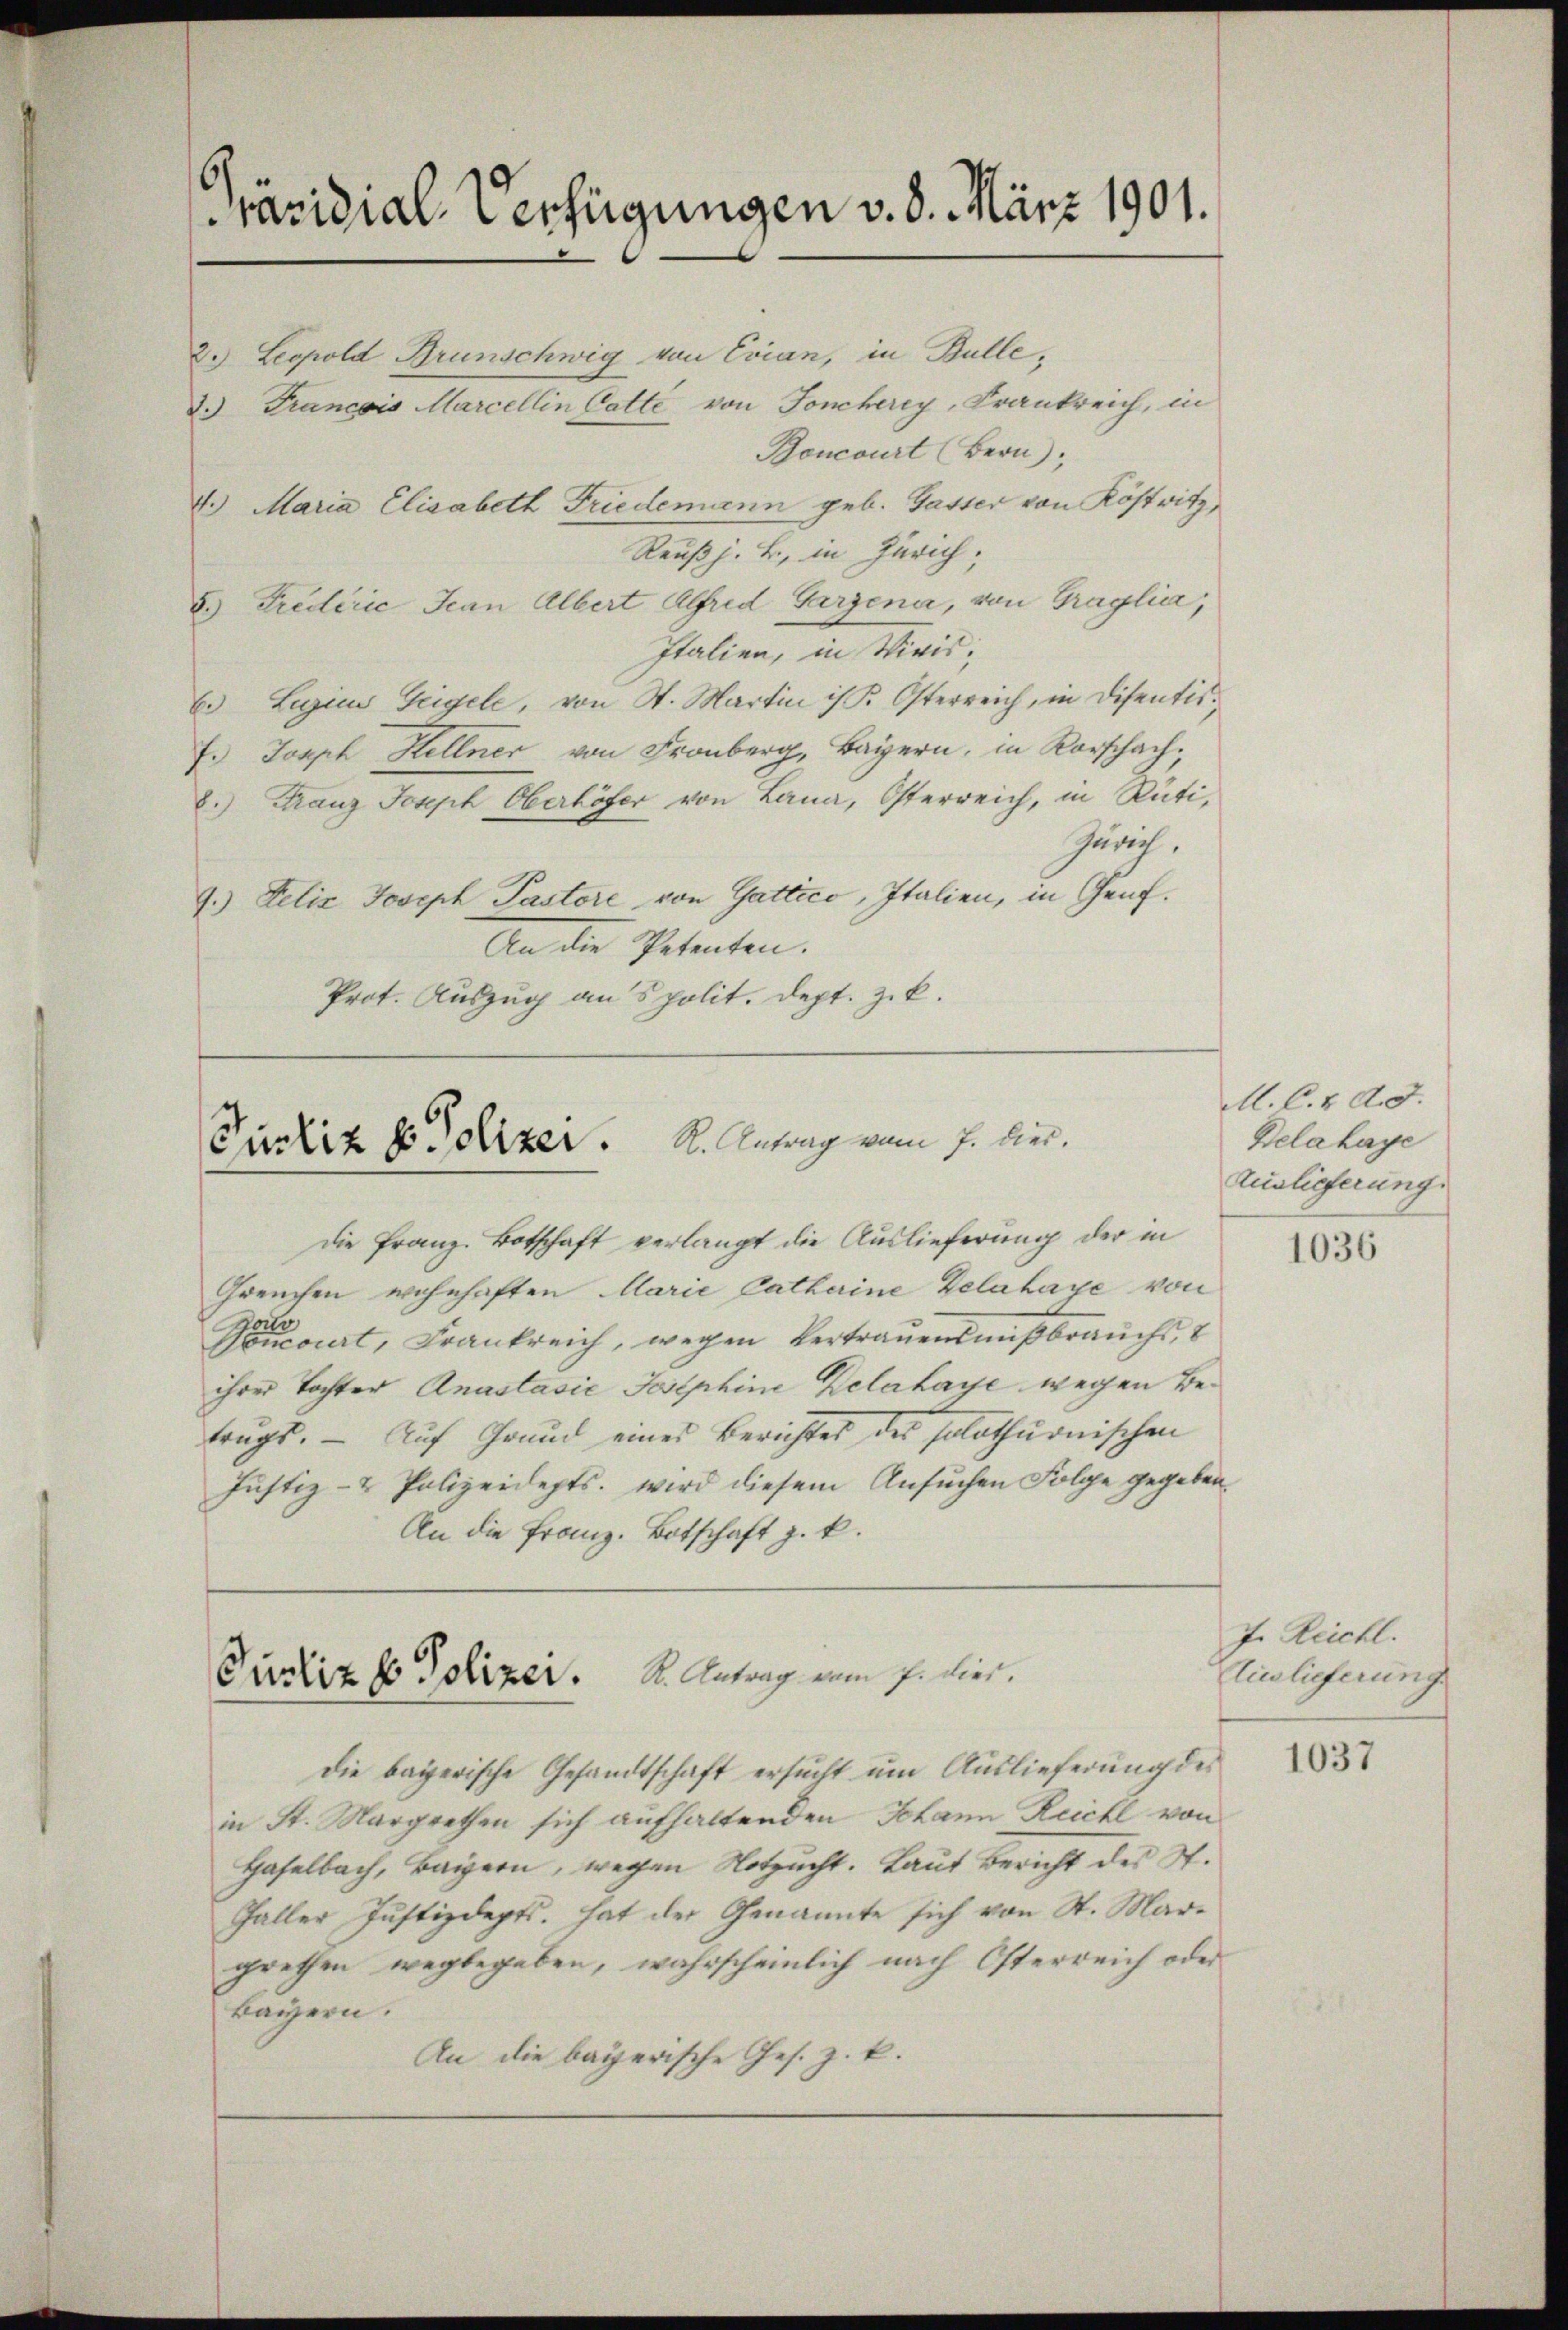
räsidial-Verfügungen v. 8. März 1901.

2.) Leopold Brunschwig von Evian, in Bulle¬
2.) Francois Marcellin Catte von Foncherey, Frankreich, in
Boncourt (Bern),
4.) Maria Elisabeth Friedemann geb. Gasser von Köstritz,
Reußj. B. in Zürich.
5.) Trédirić Jean Albert Alfred Garzena, von Graglia,
Italien, in Vivis;
6. Lein Geigele, von St. Martin ist. Osterreich, in Disentis¬
F. Joseph Hellner von Fronberg, Bayern, in Rorschach,
8.) Franz Joseph Oberhöfer von Lana, Osterreich, in Rüti,
Zürich.
4.) Felix Joseph Pastore von Gattico, Italien, in Genf.
An die Petenten.
Prot. Auszug aus polit. Dept. Zik.

Pustiz zu Polizer. S. Antrag vom 7. hies.

Curliz ho Polizer. S. Antrag vom 7. hier.

Die Franz. Botschaft verlangt die Auslieferung der in
Greuchen wohnhaften Marie Catharine Delahaye von
Decorirt, Frankreich, wegen Vertraŭensmiβbraŭchs, 8
ihrer Tochter Anastasie Josephine Delahaye wegen Betrags. — Auf Grund eines Berichtes des solothurnischen
Justiz- & Polizeidepts. wird diesem Ansuchen Folge gegeben.
An die Franz. Botschaft z. k.

Die bayerische Gesandtschaft ersucht um Auslieferung des
in St. Margrethen sich aufhaltenden Johann Reichl von
Haselbach, Bayern, wegen Notzucht. Laut Bericht des St.
Galler Justizdepts. hat der Genannte sich von St. Margrethen wegbegeben, wahrscheinlich nach Österreich oder
Bayern.
An die bayerische Ges. z. k.

M. C. d. d.
Belahaye
Auslieferung.

1036

J. Reichl.
Eieslieferung.

1037